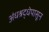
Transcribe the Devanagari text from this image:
अंधश्रद्धेपासून